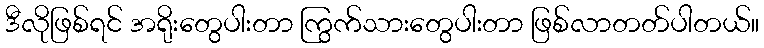
ဒီလိုဖြစ်ရင် အရိုးတွေပါးတာ ကြွက်သားတွေပါးတာ ဖြစ်လာတတ်ပါတယ်။